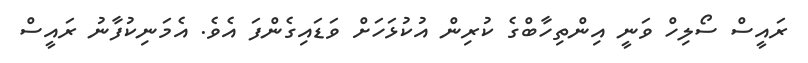
ރައީސް ސޯލިހް ވަނީ އިންތިހާބްގެ ކުރިން އުކުޅަހަށް ވަޑައިގެންފަ އެވެ. އެމަނިކުފާނު ރައީސް